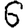
Digit: 6